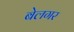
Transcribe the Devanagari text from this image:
बेलगर